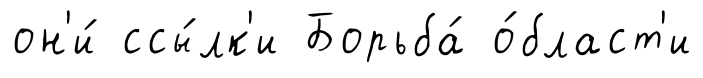
он'и́ ссы́лк'и Борьба́ о́бласт'и